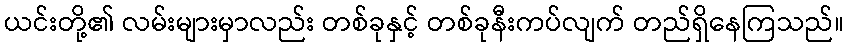
ယင်းတို့၏ လမ်းများမှာလည်း တစ်ခုနှင့် တစ်ခုနီးကပ်လျက် တည်ရှိနေကြသည်။